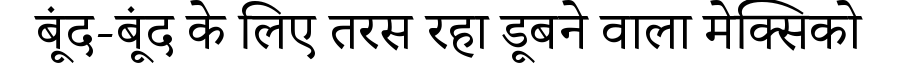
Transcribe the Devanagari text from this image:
बूंद-बूंद के लिए तरस रहा डूबने वाला मेक्सिको